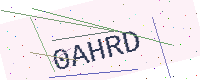
Text: 0AHRD